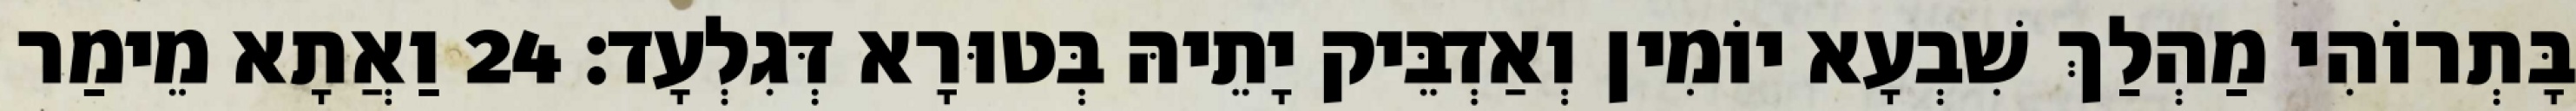
בָּתְרוֹהִי מַהְלַךְ שִׁבְעָא יוֹמִין וְאַדְבֵּיק יָתֵיהּ בְּטוּרָא דְּגִלְעָד׃ 24 וַאֲתָא מֵימַר